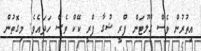
އިތުރުން ވެސް ގްލޫޓަން ފްރީ ޝުގާ ފްރީ ކޭކް ވެސް ހަދައެވެ. މިގޮތުން